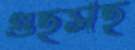
গুহসহ